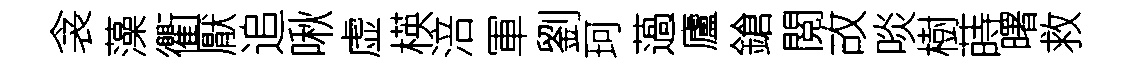
衾藻衢厭追啾虚楧涪軍劉珂薖廬鎗閲故啖樹蒔曙救